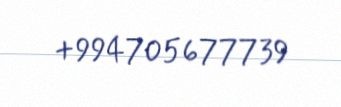
+994705677739